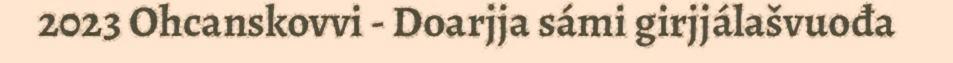
2023 Ohcanskovvi - Doarjja sámi girjjálašvuođa